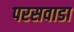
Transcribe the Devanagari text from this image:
परसवाडा